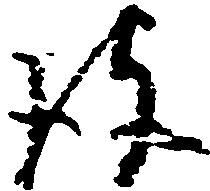
彼